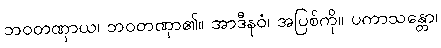
ဘဝတဏှာယ၊ ဘဝတဏှာ၏။ အာဒီနဝံ၊ အပြစ်ကို။ ပကာသန္တော၊